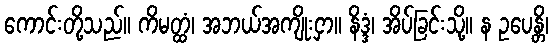
ကောင်းတို့သည်။ ကိမတ္ထံ၊ အဘယ်အကျိုးငှာ။ နိဒ္ဒံ၊ အိပ်ခြင်းသို့။ န ဥပေန္တိ၊